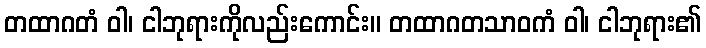
တထာဂတံ ဝါ၊ ငါဘုရားကိုလည်းကောင်း။ တထာဂတသာဝကံ ဝါ၊ ငါဘုရား၏